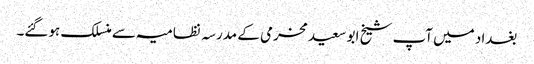
بغداد میں آپ شیخ ابو سعید مخرمی کے مدرسہ نظامیہ سے منسلک ہوگئے۔